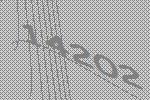
14202